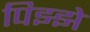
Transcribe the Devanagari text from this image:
पिझ्झे